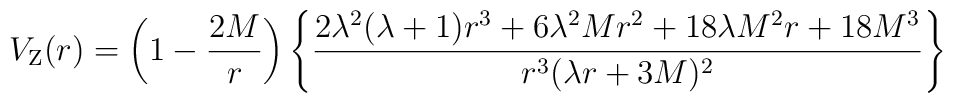
V_{\rm Z}(r) = \left ( 1 -{2M\over r} \right ) \left \{\frac{2 \lambda^2(\lambda+1) r^3 + 6\lambda^2 M r^2 + 18\lambda M^2 r + 18 M^3}{r^3(\lambda r + 3 M )^2}\right \}